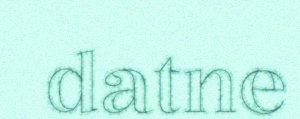
datne